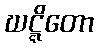
ဃဋ္ဋိတော